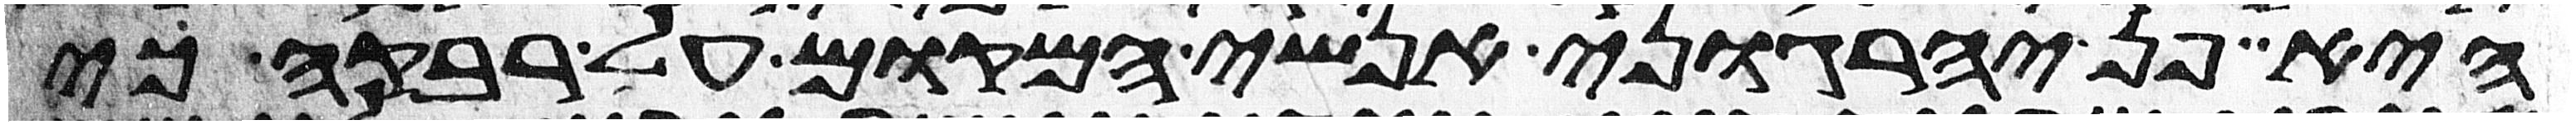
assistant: היא פן יהרגוני אנשי המקום על רבקה כי